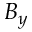
B _ { y }